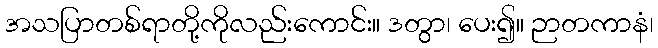
အသပြာတစ်ရာတို့ကိုလည်းကောင်း။ ဒတွာ၊ ပေး၍။ ဉာတကာနံ၊